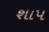
શાપ